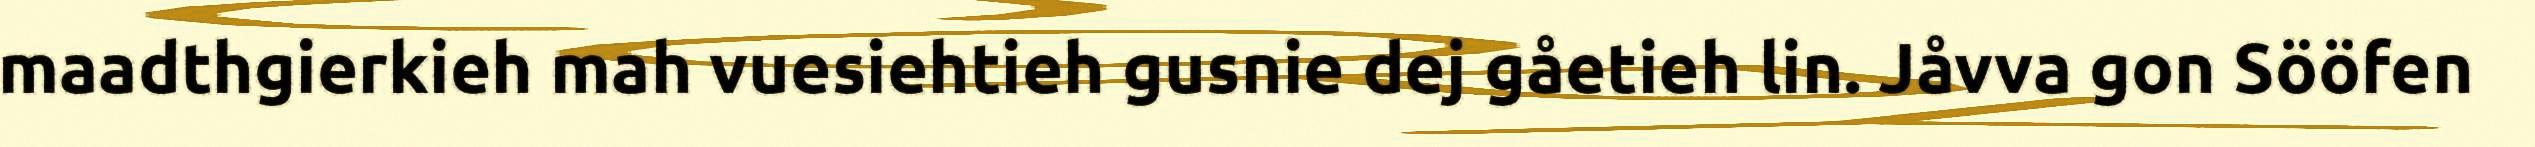
maadthgierkieh mah vuesiehtieh gusnie dej gåetieh lin. Jåvva gon Sööfen